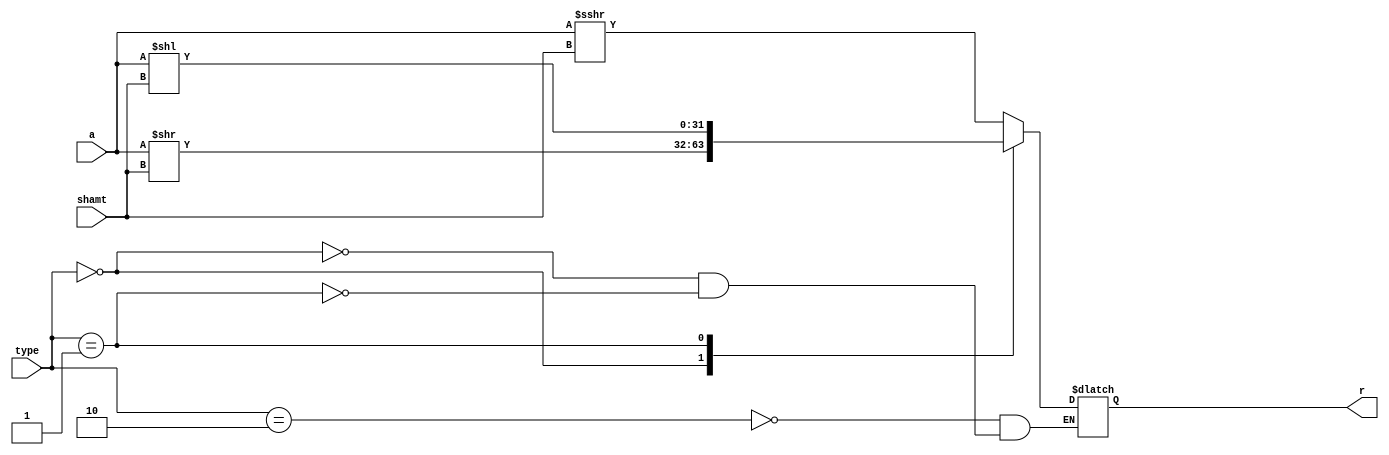
`timescale 1ns / 1ps
//////////////////////////////////////////////////////////////////////////////////
// Company: 
// Engineer: 
// 
// Design Name: 
// Module Name: shifter
// Project Name: 
// Target Devices: 
// Tool Versions: 
// Description: 
// 
// Dependencies: 
// 
// Revision:
// Revision 0.01 - File Created
// Additional Comments:
// 
//////////////////////////////////////////////////////////////////////////////////


module shifter #(parameter N = 32)(
    input [N-1:0] a,
    input [4:0] shamt,
    input [1:0] type,
    output reg [N-1:0] r
);

    always@(*) begin
        case (type)
            2'b10 : r = ( $signed(a) >>> shamt);  // SRA
            2'b00 : r = (a >> shamt);   // SRL
            2'b01 : r = (a << shamt);   // SLL
        endcase
    end
    
endmodule